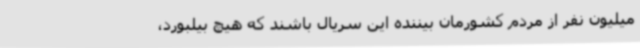
میلیون نفر از مردم کشورمان بیننده این سریال باشند که هیچ بیلبورد،